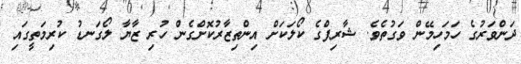
ދަންވަރުގެ ހަމަހިމޭން ވަގުތެވެ. ޝާރިފްގެ ކޯލަކަށް އިންތިޒާރުކޮށްގެން ހުރި ޒާޔާ ލޯގަނޑު ކުރިމަތީގައި